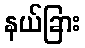
နယ်ခြား